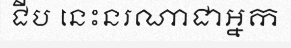
ជីប នេះនរណាជាអ្នក